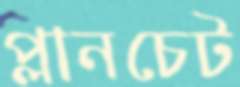
প্লানচেট